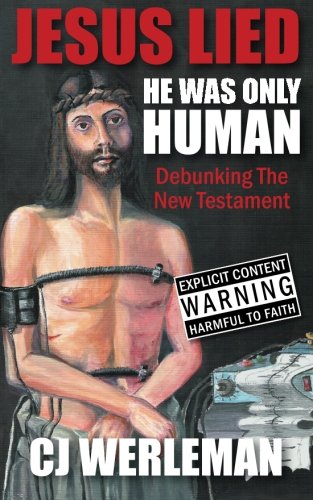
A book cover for Jesus Lied: He Was Only Human: Debunking The New Testament; CJ Werleman; Religion & Spirituality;